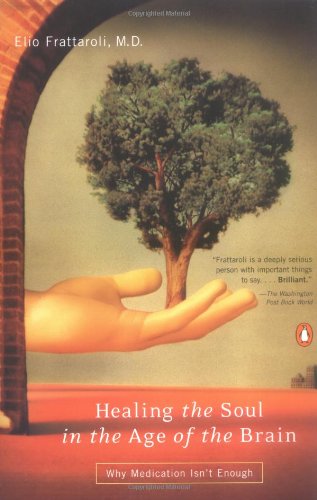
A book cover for Healing the Soul in the Age of the Brain: Why Medication Isn't Enough; Elio Frattaroli; Health, Fitness & Dieting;